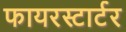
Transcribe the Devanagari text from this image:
फायरस्टार्टर